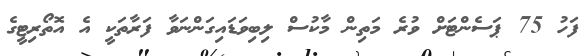
ފަހު 75 ޕަސެންޓަށް ވުރެ މަތިން މާކުސް ލިބިވަޑައިގަންނަވާ ފަރާތަކީ އެ އޮތޯރިޓީގެ